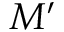
M ^ { \prime }